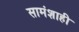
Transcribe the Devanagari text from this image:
सामंशाही